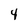
Character: 4